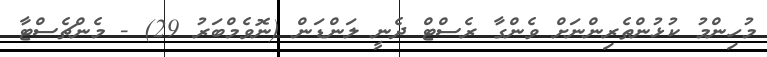
މުހިންމު ކުޅުންތެރިންނަށް ވެންގާ ރެސްޓް ދެނީ ލަންޑަން (ނޮވެމްބަރު 29) - މެންޗެސްޓާ